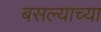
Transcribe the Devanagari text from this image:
बसल्याच्या